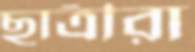
ছাত্রীরা